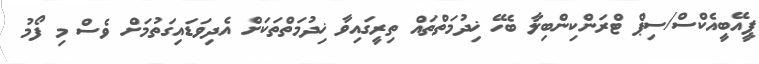
ޕީއޭބީއެކްސް/ސިޕް ޓްރަންކިންބިލާ ބެހޭ ޚިދުމަތްތައް ތިރީގައިވާ ޚިދުމަތްތަކަށް އެދިވަޑައިގަތުމަށް ވެސް މި ފޯމު